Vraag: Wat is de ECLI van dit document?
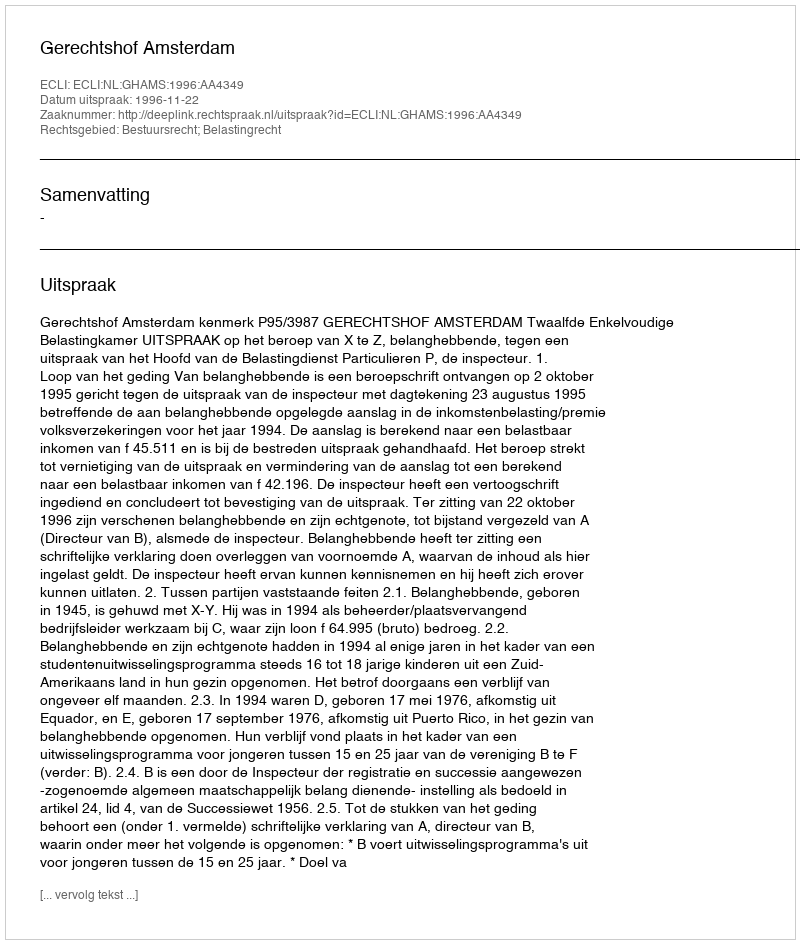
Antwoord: ECLI:NL:GHAMS:1996:AA4349